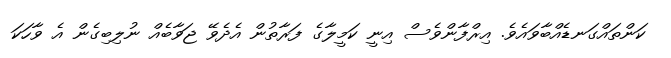
ކަންތައްގަނޑެއްބާވައެވެ. އިރްފާންވެސް އިނީ ކަމީލާގެ ފަރާތުން އެދެވޭ ޖަވާބެއް ނުލިބިގެން އެ ވާހަކަ